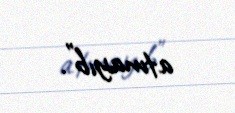
atmayıb”.